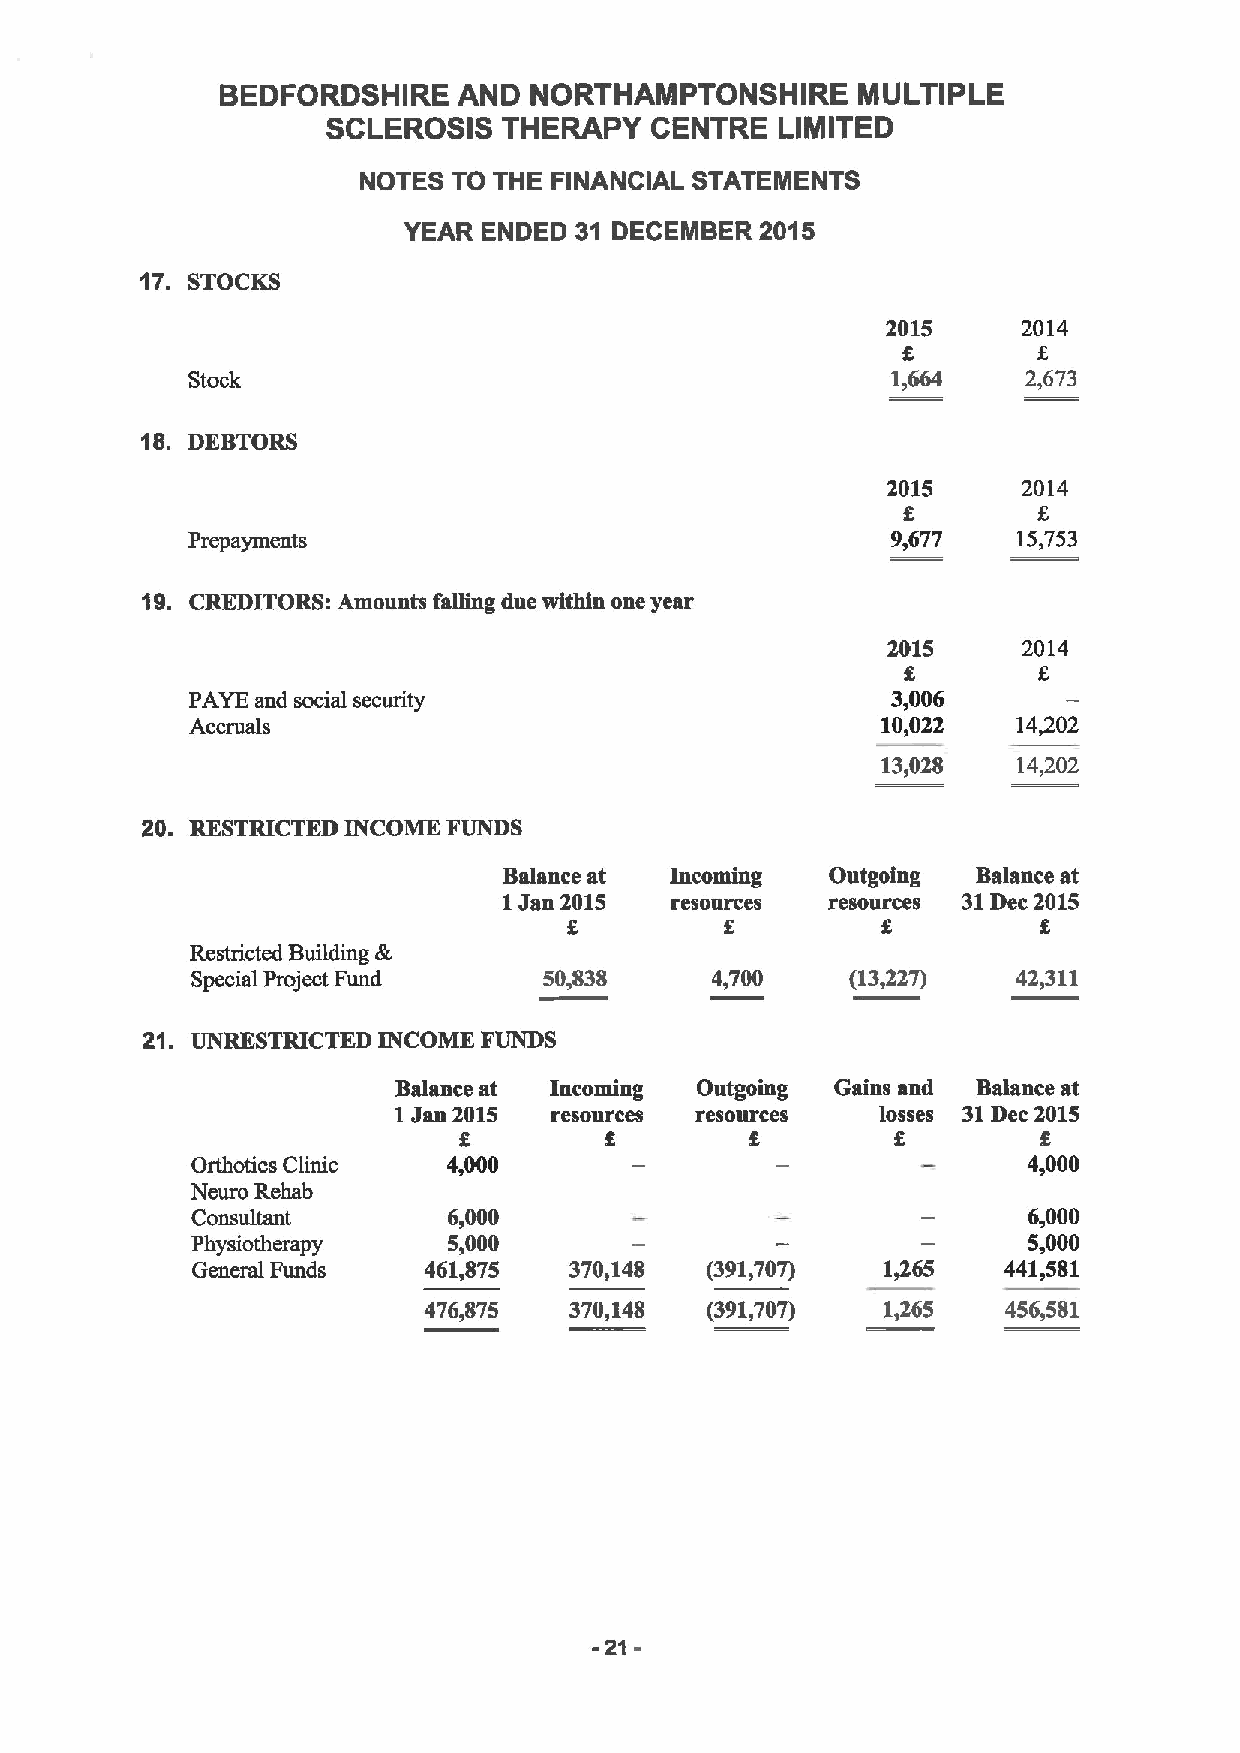
BEDFORDSHIRE   AND  NORTHAMPTONSHIRE      MULTIPLE
 SCLEROSIS  THERAPY   CENTRE   LIMITED
 NOTES TO THE FINANCIAL STATEMENTS
 YEAR ENDED 31 DECEMBER 2015
 17. STOCKS
 2015     2014
 8
 Stock                                          1,664    2,673
 18. DEBTORS
 2015     2014
 Prepayments                                    9,677   15,753
 19. CREDITORS: Amounts falling due within one year
 2015     2014
 PAYE and social security                      3,006
 Accruals                                     10,022   14,202
 13,028   14,202
 20. RESTRICTED INCOME FUNDS
 Balance at Incoming   Outgoing  Balance at
 1Jan 2015  resources  resources 31Dec 2015
 g         g         g
 Restricted Building 6'c
 Special Project Fund   50,838     4,700    (13,227)   42,311
 21. UNRESTRICTED INCOME FUNDS
 Balance at Incoming Outgoing Gains and Balance at
 1Jan 2015 resources resources   losses 31Dec 2015
 g                   g
 Orthotics Clinic 4,000                                 4,000
 Neuro Rehab
 Consultant       6,000                                 6,000
 Physiotherapy    5,000                                 5,000
 General Funds  461,875   370,148  (391,707)  1465    441,581
 476,875   370,148  (391,707)  1,265    456,581
 -21-